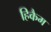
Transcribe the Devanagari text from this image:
हिकैम